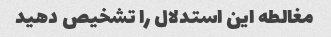
مغالطه این استدلال را تشخیص دهید